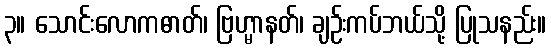
၃။ သောင်းလောကဓာတ်၊ ဗြဟ္မာနတ်၊ ချဉ်းကပ်ဘယ်သို့ ပြုသနည်း။